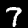
Label: 7